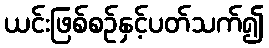
ယင်းဖြစ်စဉ်နှင့်ပတ်သက်၍